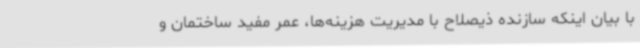
با بیان اینکه سازنده ذیصلاح با مدیریت هزینه‌ها، عمر مفید ساختمان و